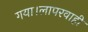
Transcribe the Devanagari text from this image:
गया।लापरवाही